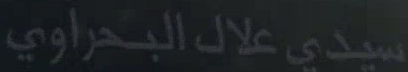
سيدي-علال-البُ